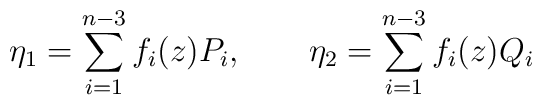
\eta_{1}=\sum_{i=1}^{n-3}f_{i}(z)P_{i},~~~~~~ \eta_{2}=\sum_{i=1}^{n-3}f_{i}(z)Q_{i}